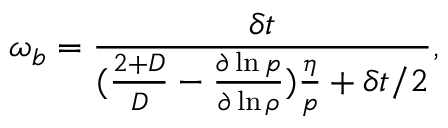
\omega _ { b } = \frac { \delta t } { ( \frac { 2 + D } { D } - \frac { \partial \ln p } { \partial \ln \rho } ) \frac { \eta } { p } + \delta t / 2 } ,